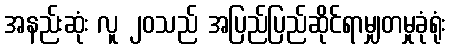
အနည်းဆုံး လူ ၂၀သည် အပြည်ပြည်ဆိုင်ရာမျှတမှုခုံရုံး